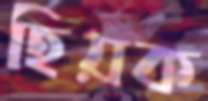
হিয়ক